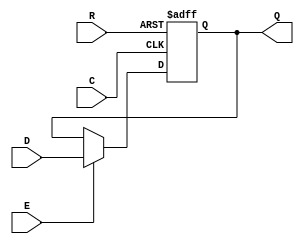
`timescale 1ns/1ps
`celldefine
//
// DFFRE simulation model
// Posedge D flipflop with async reset and enable
//
// Copyright (c) 2023 Rapid Silicon, Inc.  All rights reserved.
//

// No prologue needed.
module DFFRE (
  input D, // Data Input
  input R, // Active-low, asynchronous reset
  input E, // Active-high enable
  input C, // Clock
  output reg Q = 1'b0 // Data Output
);

  always @(posedge C, negedge R)
    if (!R)
      Q <= 1'b0;
    else if (E)
      Q <= D;

endmodule
`endcelldefine